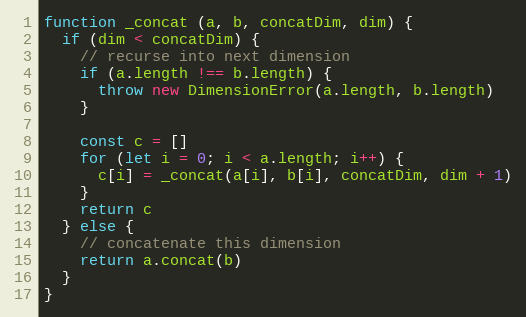
Language: JavaScript
function _concat (a, b, concatDim, dim) {
  if (dim < concatDim) {
    // recurse into next dimension
    if (a.length !== b.length) {
      throw new DimensionError(a.length, b.length)
    }

    const c = []
    for (let i = 0; i < a.length; i++) {
      c[i] = _concat(a[i], b[i], concatDim, dim + 1)
    }
    return c
  } else {
    // concatenate this dimension
    return a.concat(b)
  }
}